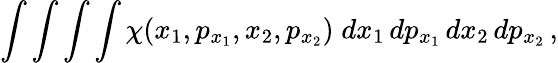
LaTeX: \int\int\int\int\chi(x_{1},p_{x_{1}},x_{2},p_{x_{2}})\; dx_{1}\, dp_{x_{1}}\, dx_{2}\, dp_{x_{2}}\, ,